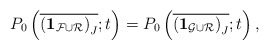
\begin{align*} P_0 \left( \overline{({{\bf 1}_{\mathcal{F} \cup \mathcal{R}})}_J} ; t \right) = P_0 \left( \overline{({{\bf 1}_{\mathcal{G} \cup \mathcal{R}})}_J} ; t \right),\end{align*}